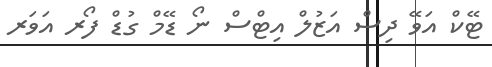
ޓޭކް އަވޭ ދިސް އަޒުލް އިޓްސް ނޯ ޑޭމް ގުޑް ފޯރ އަވަރ